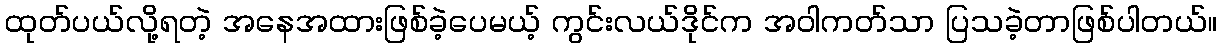
ထုတ်ပယ်လို့ရတဲ့ အနေအထားဖြစ်ခဲ့ပေမယ့် ကွင်းလယ်ဒိုင်က အဝါကတ်သာ ပြသခဲ့တာဖြစ်ပါတယ်။